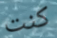
كنت